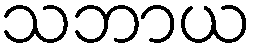
သဘာယ